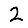
Digit: 2